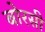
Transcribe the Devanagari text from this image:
बोरसी